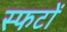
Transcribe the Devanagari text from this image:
स्फटों